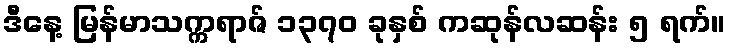
ဒီနေ့ မြန်မာသက္ကရာဇ် ၁၃၇၀ ခုနှစ် ကဆုန်လဆန်း ၅ ရက်။